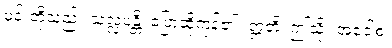
မင်းတို့သည်။ သလ္လပန္တိ၊ ပြောဆိုကုန်၏။ ဣတိ၊ ဤသို့။ အဝေါစ၊